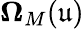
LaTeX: \mathbf{\Omega}_{M}(\mathfrak{u})